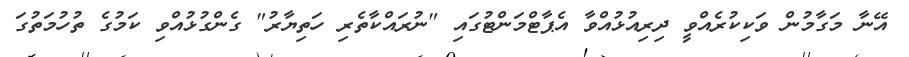
އޭނާ މަގާމުން ވަކިކުރެއްވީ ދިރިއުޅުއްވާ އެޕާޓްމަންޓުގައި "ނުރައްކާތެރި ހަތިޔާރު" ގެންގުޅުއްވި ކަމުގެ ތުހުމަތުގަ